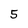
Character: 5